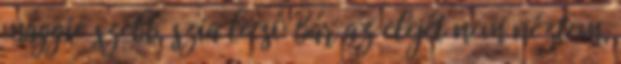
maggie szebb. szia lecsó Bár az elejét nem néztem,